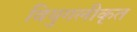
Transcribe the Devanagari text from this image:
वियुगलीकृत